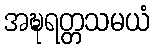
အဍ္ဎရတ္တသမယံ